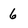
Character: 6